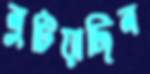
লুটিয়াছিল